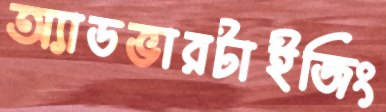
অ্যাডভারটাইজিং